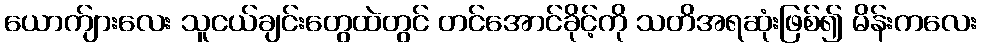
ယောက်ျားလေး သူငယ်ချင်းတွေထဲတွင် တင်အောင်ခိုင့်ကို သတိအရဆုံးဖြစ်၍ မိန်းကလေး